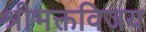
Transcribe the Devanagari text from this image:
श्रीभक्तविजय